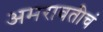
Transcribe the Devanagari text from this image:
अमरावतीचं